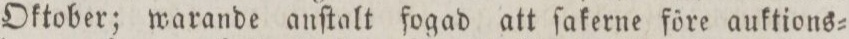
Oktober; warande anſtalt fogad att ſakerne före auktions=